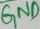
Text: GND